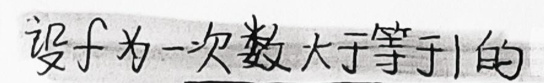
设$f$为一次数大于等于$1$的